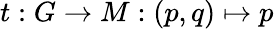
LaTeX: t:G\to M:(p,q)\mapsto p